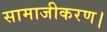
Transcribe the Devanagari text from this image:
सामाजीकरण।